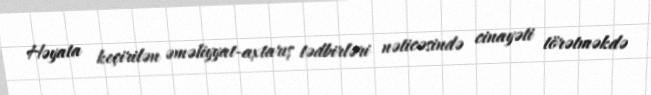
Həyata keçirilən əməliyyat-axtarış tədbirləri nəticəsində cinayəti törətməkdə